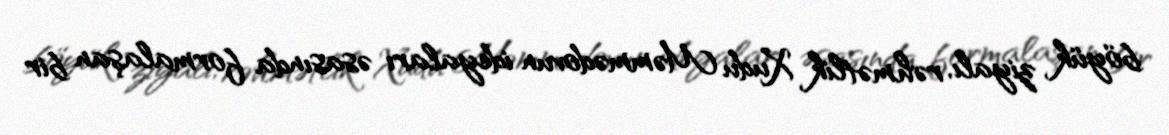
böyük ziyalı, rəhmətlik Xudu Məmmədovun ideyaları əsasında formalaşan bir